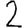
Digit: 2